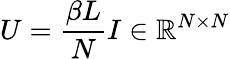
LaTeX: U=\frac{\beta L}{N}I\in\mathbb{R}^{N\times N}